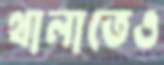
থালাতেও